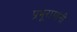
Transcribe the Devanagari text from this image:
प्रभूरामांनी